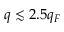
q \lesssim 2 . 5 q _ { F }